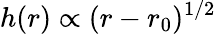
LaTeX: h(r)\propto(r-r_{0})^{1/2}